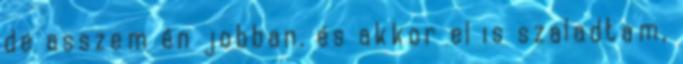
de asszem én jobban. és akkor el is szaladtam,